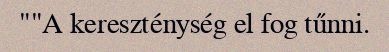
""A kereszténység el fog tűnni.